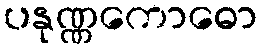
ပနုဏ္ဏကောဓော